Annual report of the Punjab Veterinary College and of the Civil Veterinary Department, Punjab - 1926-1932
Year: 1926
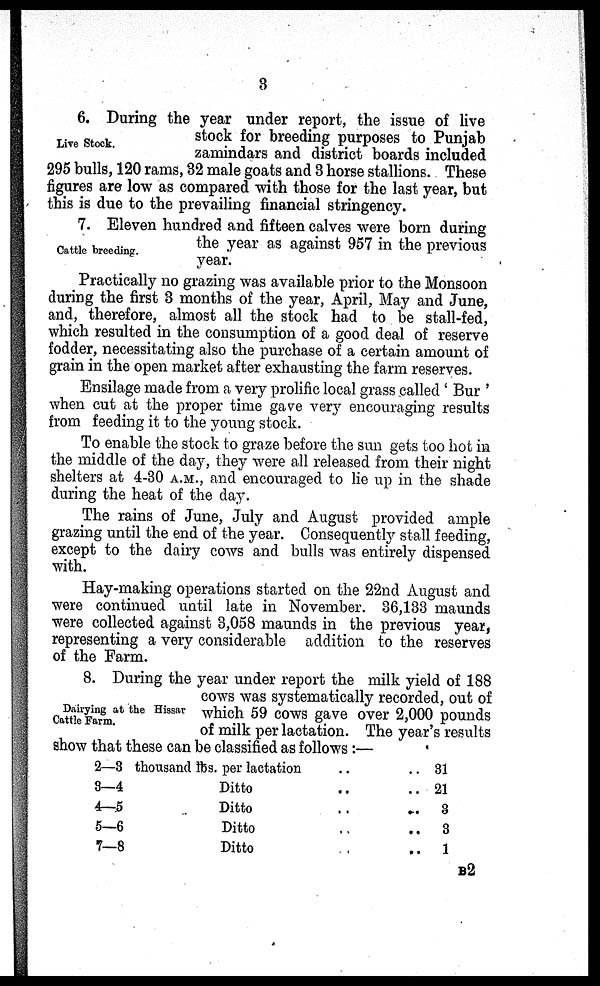
3
Live Stock.
6. During the year under report, the issue of live
stock for breeding purposes to Punjab
zamindars and district boards included
295 bulls, 120 rams, 32 male goats and 3 horse stallions. These
figures are low as compared with those for the last year, but
this is due to the prevailing financial stringency.
Cattle breeding.
7. Eleven hundred and fifteen calves were born during
the year as against 957 in the previous
year.
Practically no grazing was available prior to the Monsoon
during the first 3 months of the year, April, May and June,
and, therefore, almost all the stock had to be stall-fed,
which resulted in the consumption of a good deal of reserve
fodder, necessitating also the purchase of a certain amount of
grain in the open market after exhausting the farm reserves.
Ensilage made from a very prolific local grass called 'Bur'
when cut at the proper time gave very encouraging results
from feeding it to the young stock.
To enable the stock to graze before the sun gets too hot in
the middle of the day, they were all released from their night
shelters at 4-30 A.M., and encouraged to lie up in the shade
during the heat of the day.
The rains of June, July and August provided ample
grazing until the end of the year. Consequently stall feeding,
except to the dairy cows and bulls was entirely dispensed
with.
Hay-making operations started on the 22nd August and
were continued until late in November. 36,133 maunds
were collected against 3,058 maunds in the previous year,
representing a very considerable addition to the reserves
of the Farm.
Dairying at the Hissar
Cattle Farm.
8. During the year under report the milk yield of 188
cows was systematically recorded, out of
which 59 cows gave over 2,000 pounds
of milk per lactation. The year's results
show that these can be classified as follows :—
2—3 thousand lbs. per lactation.. ..
3—4
4—5
5—6
7—8
Ditto..
..
Ditto
..
..
Ditto
..
..
Ditto..
..
31
21
3
3
1
B2